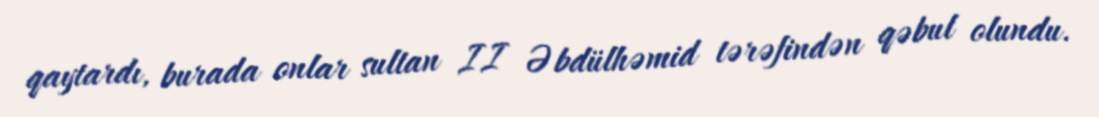
qaytardı, burada onlar sultan II Əbdülhəmid tərəfindən qəbul olundu.